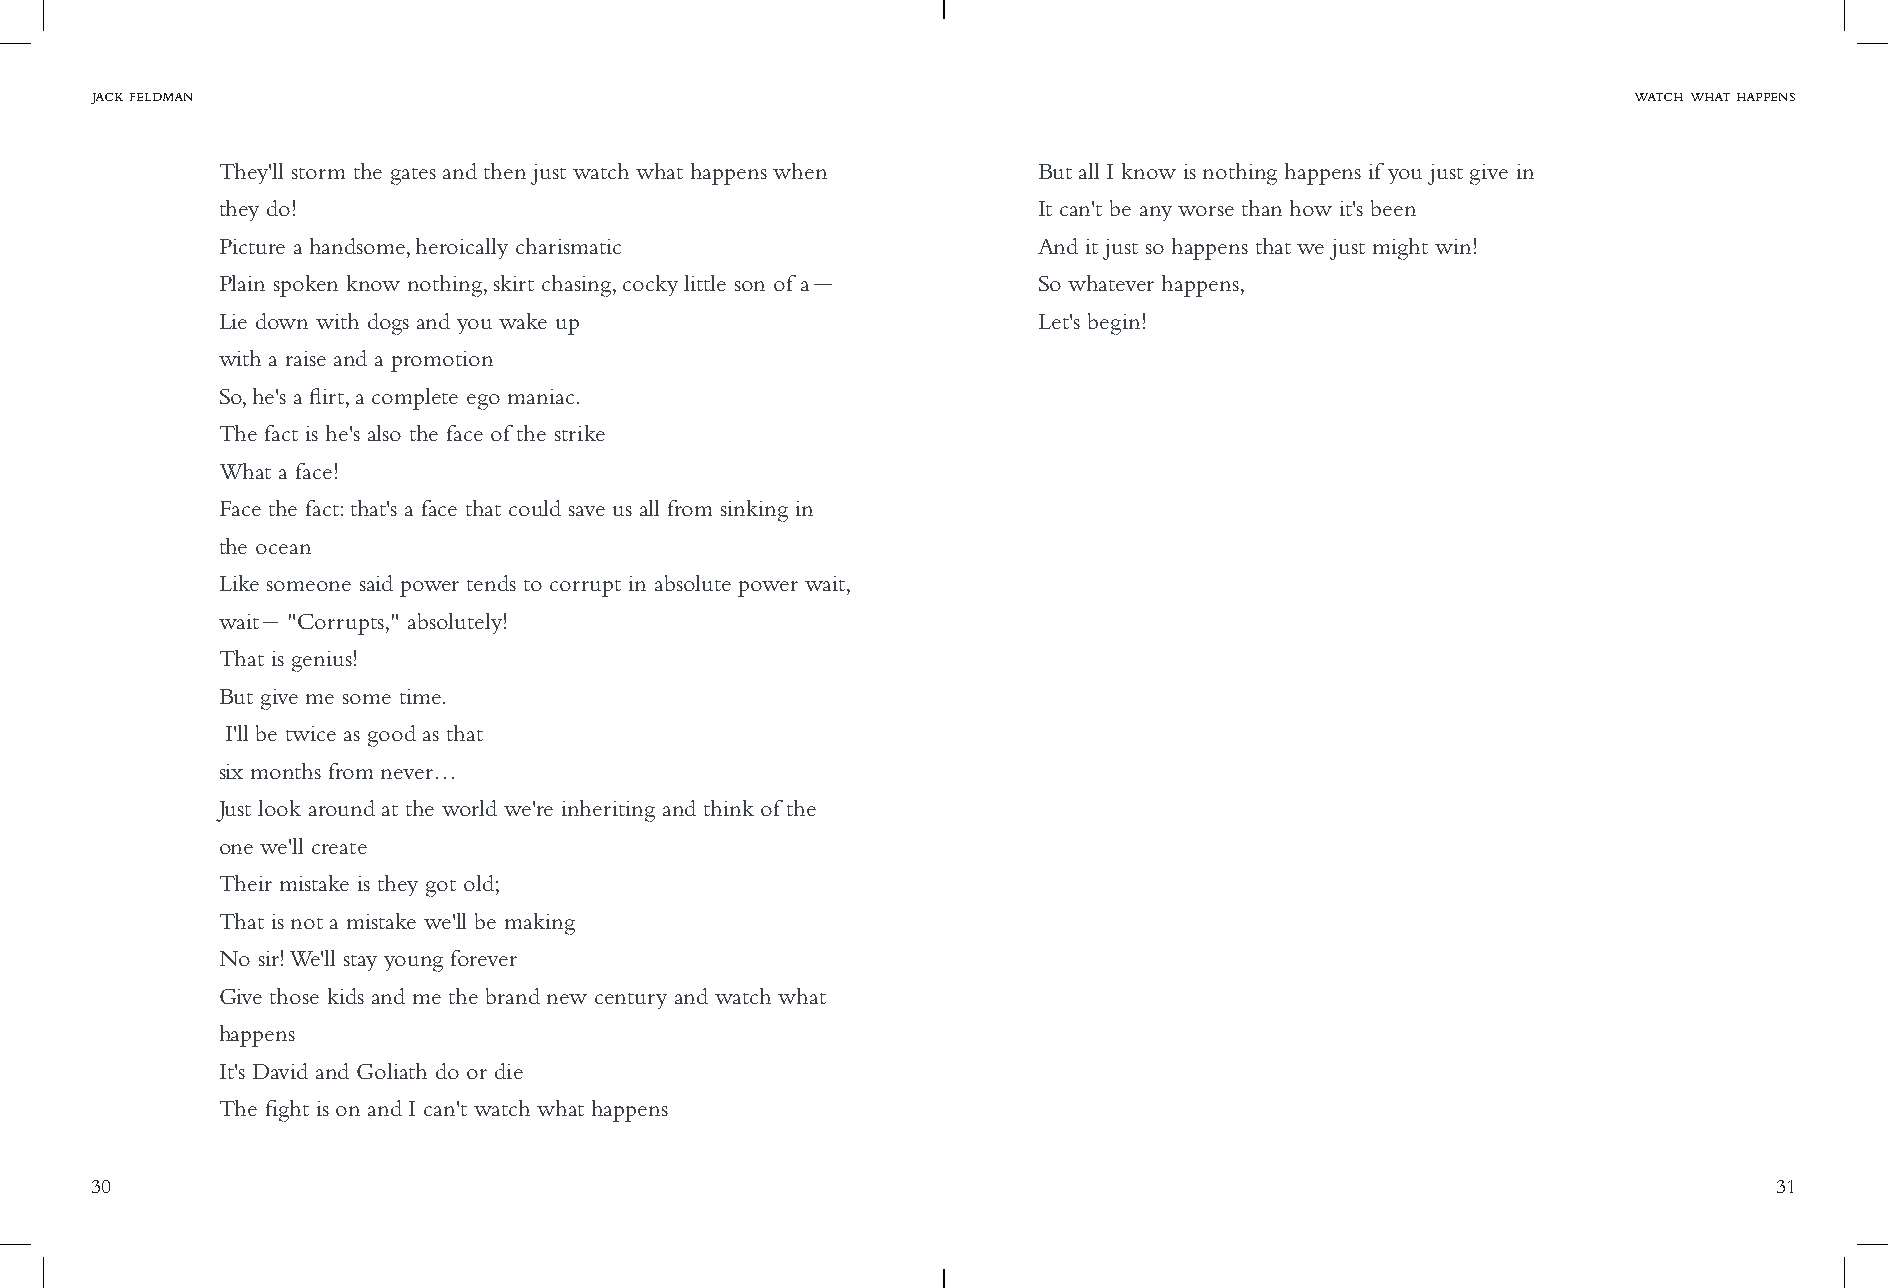
jack feldman                                                                                          watch what happens
 They'll storm the gates and then just watch what happens when But all I know is nothing happens if you just give in
 they do!                                               It can't be any worse than how it's been
 Picture a handsome, heroically charismatic             And it just so happens that we just might win!
 Plain spoken know nothing, skirt chasing, cocky little son of a- So whatever happens,
 Lie down with dogs and you wake up                     Let's begin!
 with a raise and a promotion
 So, he's a flirt, a complete ego maniac.
 The fact is he's also the face of the strike
 What a face!
 Face the fact: that's a face that could save us all from sinking in
 the ocean
 Like someone said power tends to corrupt in absolute power wait,
 wait- "Corrupts," absolutely!
 That is genius!
 But give me some time.
 I'll be twice as good as that
 six months from never…
 Just look around at the world we're inheriting and think of the
 one we'll create
 Their mistake is they got old;
 That is not a mistake we'll be making
 No sir! We'll stay young forever
 Give those kids and me the brand new century and watch what
 happens
 It's David and Goliath do or die
 The fight is on and I can't watch what happens
 30                                                                                                              31